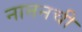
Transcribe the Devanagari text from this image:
नाननची